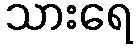
သားရေ